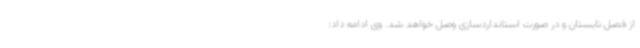
از فصل تابستان و در صورت استانداردسازی وصل خواهد شد. وی ادامه داد: